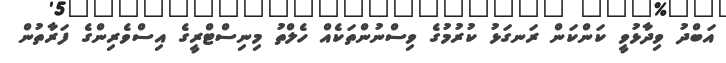
އަބްދު ވިދާޅުވީ ކަންކަން ރަނގަޅު ކުރުމުގެ ވިސްނުންތަކެއް ހެލްތު މިނިސްޓްރީގެ އިސްވެރިންގެ ފަރާތުން